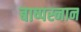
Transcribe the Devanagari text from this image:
बाष्पस्नान